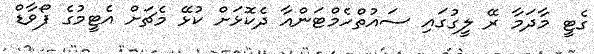
ގެޓީ މާދަމާ ރޭ ލީގުގައި ސައުތްހެމްޓަންއާ ދެކޮޅަށް ކުޅޭ މެޗަށް އެޓީމުގެ ފޯވާޑް